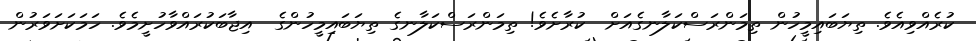
ކުރެއްވިއެވެ. ތިޔަބައިމީހުން ތިމަންރަސްކަލާނގެއަށް  ކުރާށެވެ! ތިމަންރަސްކަލާނގެ ތިޔަބައިމީހުންގެ  އިޖާބަކުރައްވާހުށީމެވެ. ހަމަކަށަވަރުން